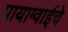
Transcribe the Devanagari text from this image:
पायाग्वाईचे